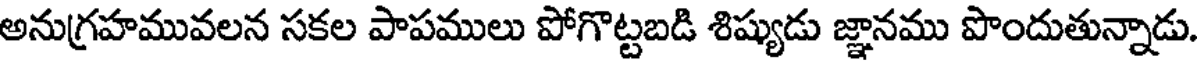
అనుగ్రహమువలన సకల పాపములు పోగొట్టబడి శిష్యుడు జ్ఞానము పొందుతున్నాడు.